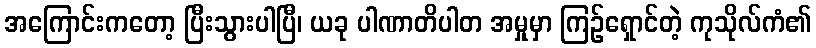
အကြောင်းကတော့ ပြီးသွားပါပြီ၊ ယခု ပါဏာတိပါတ အမှုမှာ ကြဉ်ရှောင်တဲ့ ကုသိုလ်ကံ၏